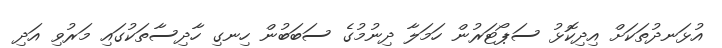
އުޅަނދުތަކަށް އިދިކޮޅު ސަޕޯޓަރުން ހަމަލާ ދިނުމުގެ ސަބަބުން ހިނގި ހާދިސާތަކުގައި މަރުވި އަދި